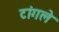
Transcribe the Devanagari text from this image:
टांगले